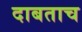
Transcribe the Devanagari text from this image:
दाबताच